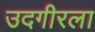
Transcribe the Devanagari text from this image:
उदगीरला